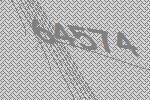
64574